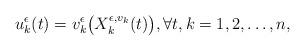
LaTeX: \begin{align*}u_k^{\epsilon}(t) = v_k^{\epsilon}\bigl(X_{k}^{\epsilon,v_k}(t)\bigr), \forall t, k =1,2, \ldots, n, \end{align*}